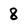
Character: 8